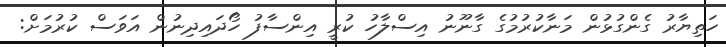
ހަތިޔާރު ގެންގުޅުން މަނާކުރުމުގެ ގާނޫނު އިސްލާހު ކުރީ އިންސާފު ހޯދައިދިނުން އަވަސް ކުރުމަށް: